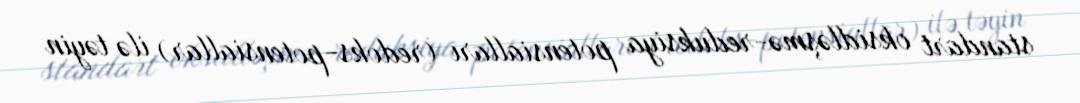
standart oksidləşmə-reduksiya potensialları (redoks-potensiallar) ilə təyin